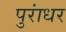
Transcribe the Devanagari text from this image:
पुरांधर